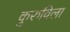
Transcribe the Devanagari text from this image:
कुरुविला